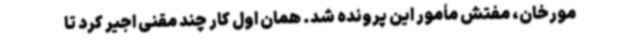
مورخان، مفتش مأمور این پرونده شد. همان اول کار چند مقنی اجیر کرد تا